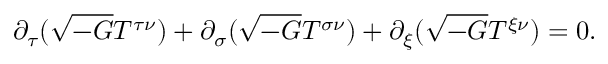
\partial _ { \tau } ( \sqrt { - G } T ^ { \tau \nu } ) + \partial _ { \sigma } ( \sqrt { - G } T ^ { \sigma \nu } ) + \partial _ { \xi } ( \sqrt { - G } T ^ { \xi \nu } ) = 0 .